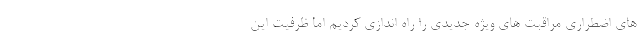
های اضطراری مراقبت های ویژه جدیدی را راه اندازی کردیم اما ظرفیت این